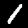
Digit: 1